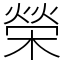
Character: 榮